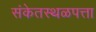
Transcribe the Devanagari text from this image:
संकेतस्थळपत्ता